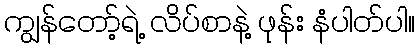
ကျွန်တော့်ရဲ့ လိပ်စာနဲ့ ဖုန်း နံပါတ်ပါ။